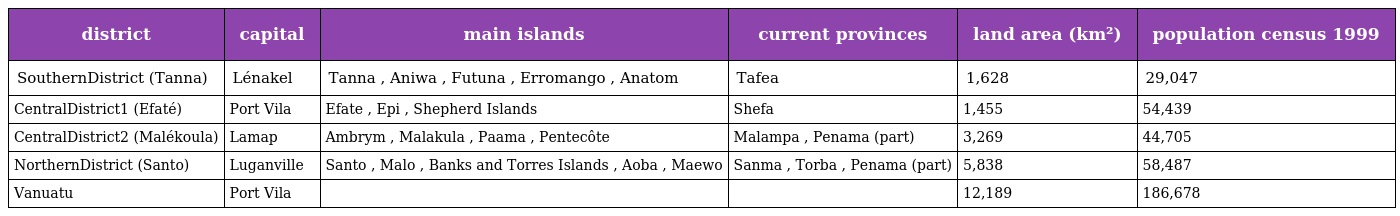
| district | capital | main islands | current provinces | land area (km²) | population census 1999 |
 | --- | --- | --- | --- | --- | --- |
 | SouthernDistrict (Tanna) | Lénakel | Tanna , Aniwa , Futuna , Erromango , Anatom | Tafea | 1,628 | 29,047 |
 | CentralDistrict1 (Efaté) | Port Vila | Efate , Epi , Shepherd Islands | Shefa | 1,455 | 54,439 |
 | CentralDistrict2 (Malékoula) | Lamap | Ambrym , Malakula , Paama , Pentecôte | Malampa , Penama (part) | 3,269 | 44,705 |
 | NorthernDistrict (Santo) | Luganville | Santo , Malo , Banks and Torres Islands , Aoba , Maewo | Sanma , Torba , Penama (part) | 5,838 | 58,487 |
 | Vanuatu | Port Vila |  |  | 12,189 | 186,678 |